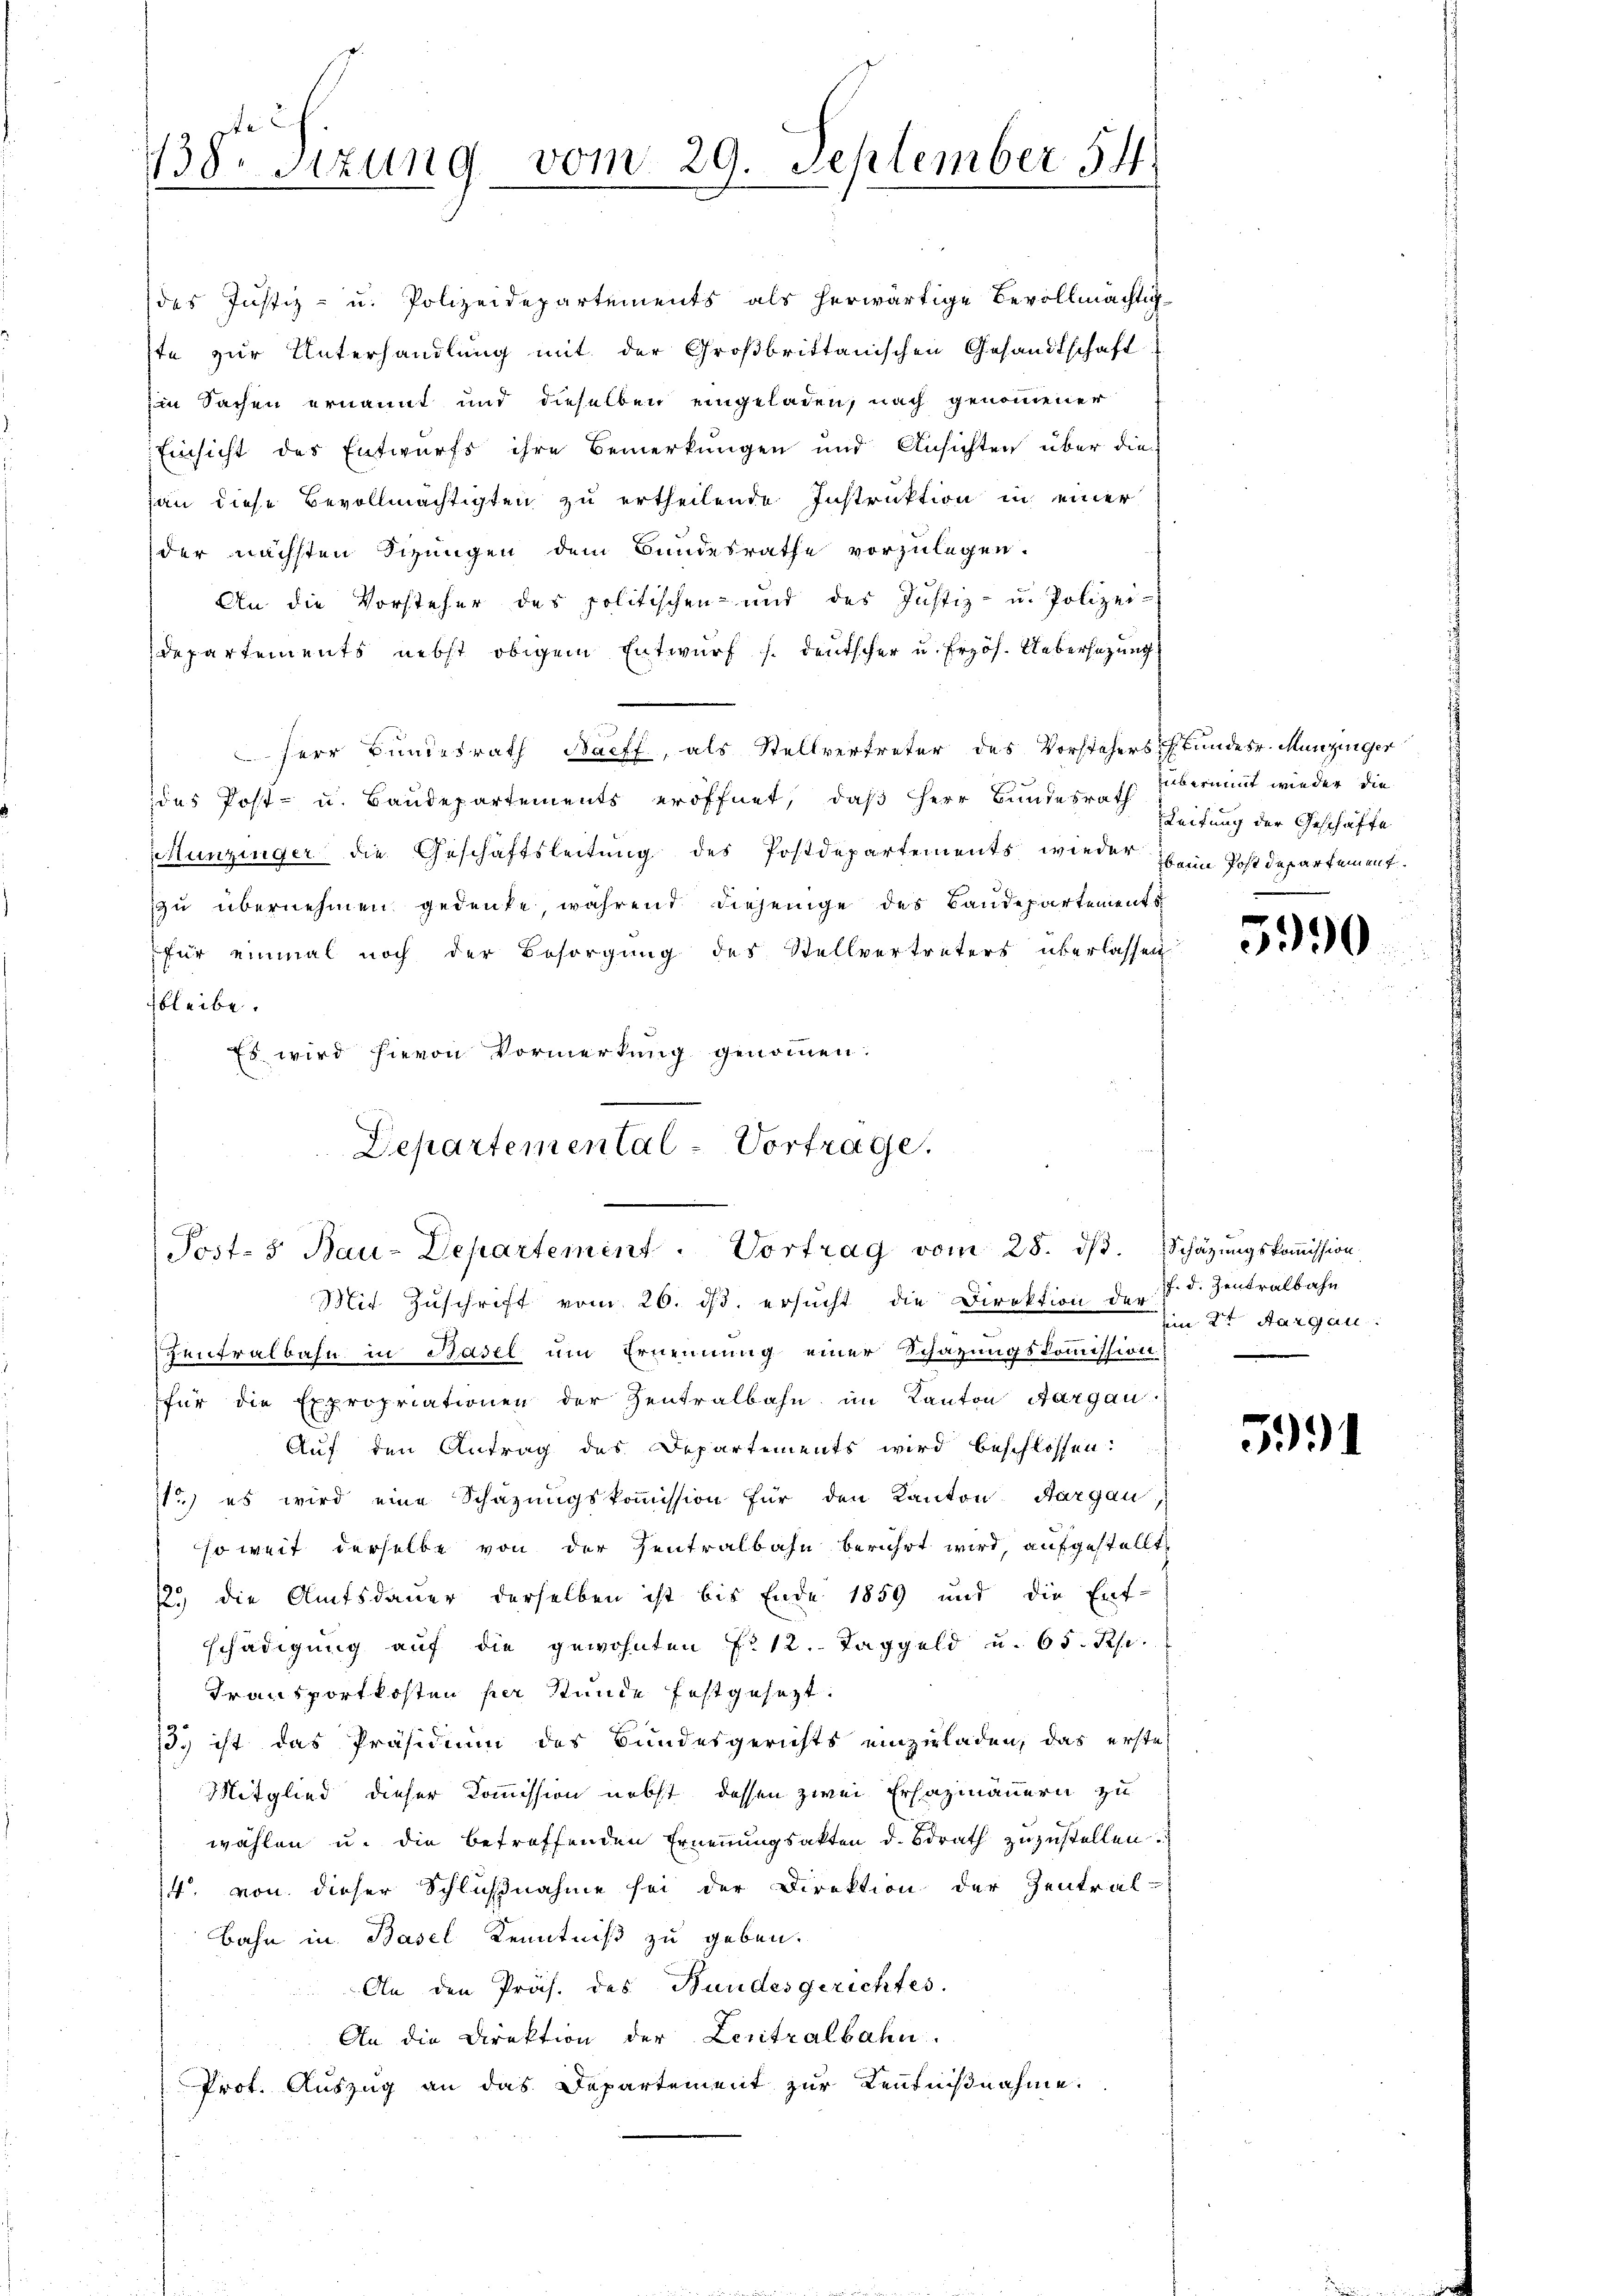
138. Sizung vom 29. September 54

n

des Justiz- u. Polizeidepartements als herwärtige Bevollmächtig
ste zur Unterhandlung mit der Großbrittanischen Gesandtschaft
in Sachen ernannt und dieselben eingeladen, nach genommener
Einsicht des Entwurfs ihre Bemerkungen und Ansichten über die
han diese Bevollmächtigten zu ertheilende Instruktion in einer
der nächsten Sizungen dem Bundesrathe vorzulegen.
An die Vorsteher des politischen und des Justiz- u. Polizei-
departements nebst obigem Entwurfs deutscher u. Erzös. Uebersezung
Herr Bundesrath Naeff, als Stellvertreter des Vorsteherstundesr. Munzinger
das Post- u. Baudepartements eröffnet, daß Herr Bundesrath übernant wieder die
HHunzinger die Geschäftsleitung des Postdepartements wieder Heim Postdepartementzu übernehmen gedenke während diejenige des Baudepartements
für einmal noch der Besorgung des Stellvertreters überlassen
bleibe.
Es wird hievon Vormerkung genommen.
Departemental = Vortrage.

Post- & Bau-Departement. Vortrag vom 28. ds.
Mit Zŭschrift vom 26. dβ. ersŭcht die Direktion der 7. d. Zentralbahn

zentralbahn in Basel um Ernennung einer Schazungskommission
für die Expropriationen der Zentralbahn im Kanton Aargau
Auf den Antrag des Departements wird beschlossen:
11) es wird eine Schazungskoṁission für den Kanton Aargau,
so weit derselbe von der Zentralbahn berührt wird, aufgestellt
12., die Amtsdauer derselben ist bis Ende 1859 und die Ent-
schädigung auf die gewohnten P. 12. Taggeld u. 65. Rp.
Transportkosten per Stunde festgesezt.
. ist das Präsidium des Bundesgerichts einzuladen, das erste
Mitglied dieser Kommission nebst dessen zwei Erhazmännern zu
wählen u. die betreffenden Ernennungsakten d. Bdrath zuzustellen.
4. von dieser Schlußnahme sei der Direktion der Zentral-
Bahn in Basel Kenntniß zu geben.
An den Präs. des Bundesgerichtes.
An die Direktion der Lentralbahn.
Prot. Auszug an das Departement zur Kenntnißnahme.

Leitung der Geschäfte

3990

Schätzungskommission
im 2ten Aargau

5991